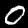
Digit: 0